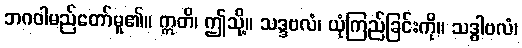
ဘဂဝါမည်တော်မူ၏။ ဣတိ၊ ဤသို့။ သဒ္ဒဗလံ၊ ယုံကြည်ခြင်းကို။ သဒ္ဓါဗလံ၊